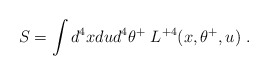
\begin{align*}S = \int d^4x du d^4\theta^+\; L^{+4}(x,\theta^+,u)\ .\end{align*}